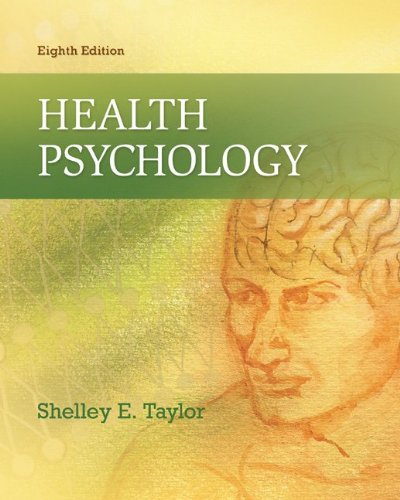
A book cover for Health Psychology; Shelley Taylor; Medical Books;